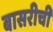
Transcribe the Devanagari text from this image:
बासरीची